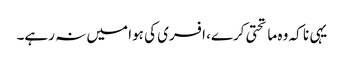
یہی نا کہ وہ ماتحتی کرے، افسری کی ہوا میں نہ رہے۔